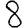
Digit: 8